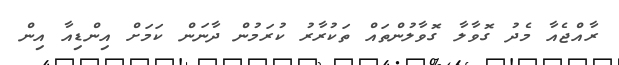
ރާއްޖެއާ މެދު ގޮވާލާ ގޮވާލުންތައް ތަކުރާރު ކުރަމުން ދާނަން ކަމަށް އިންޑިއާ އިން